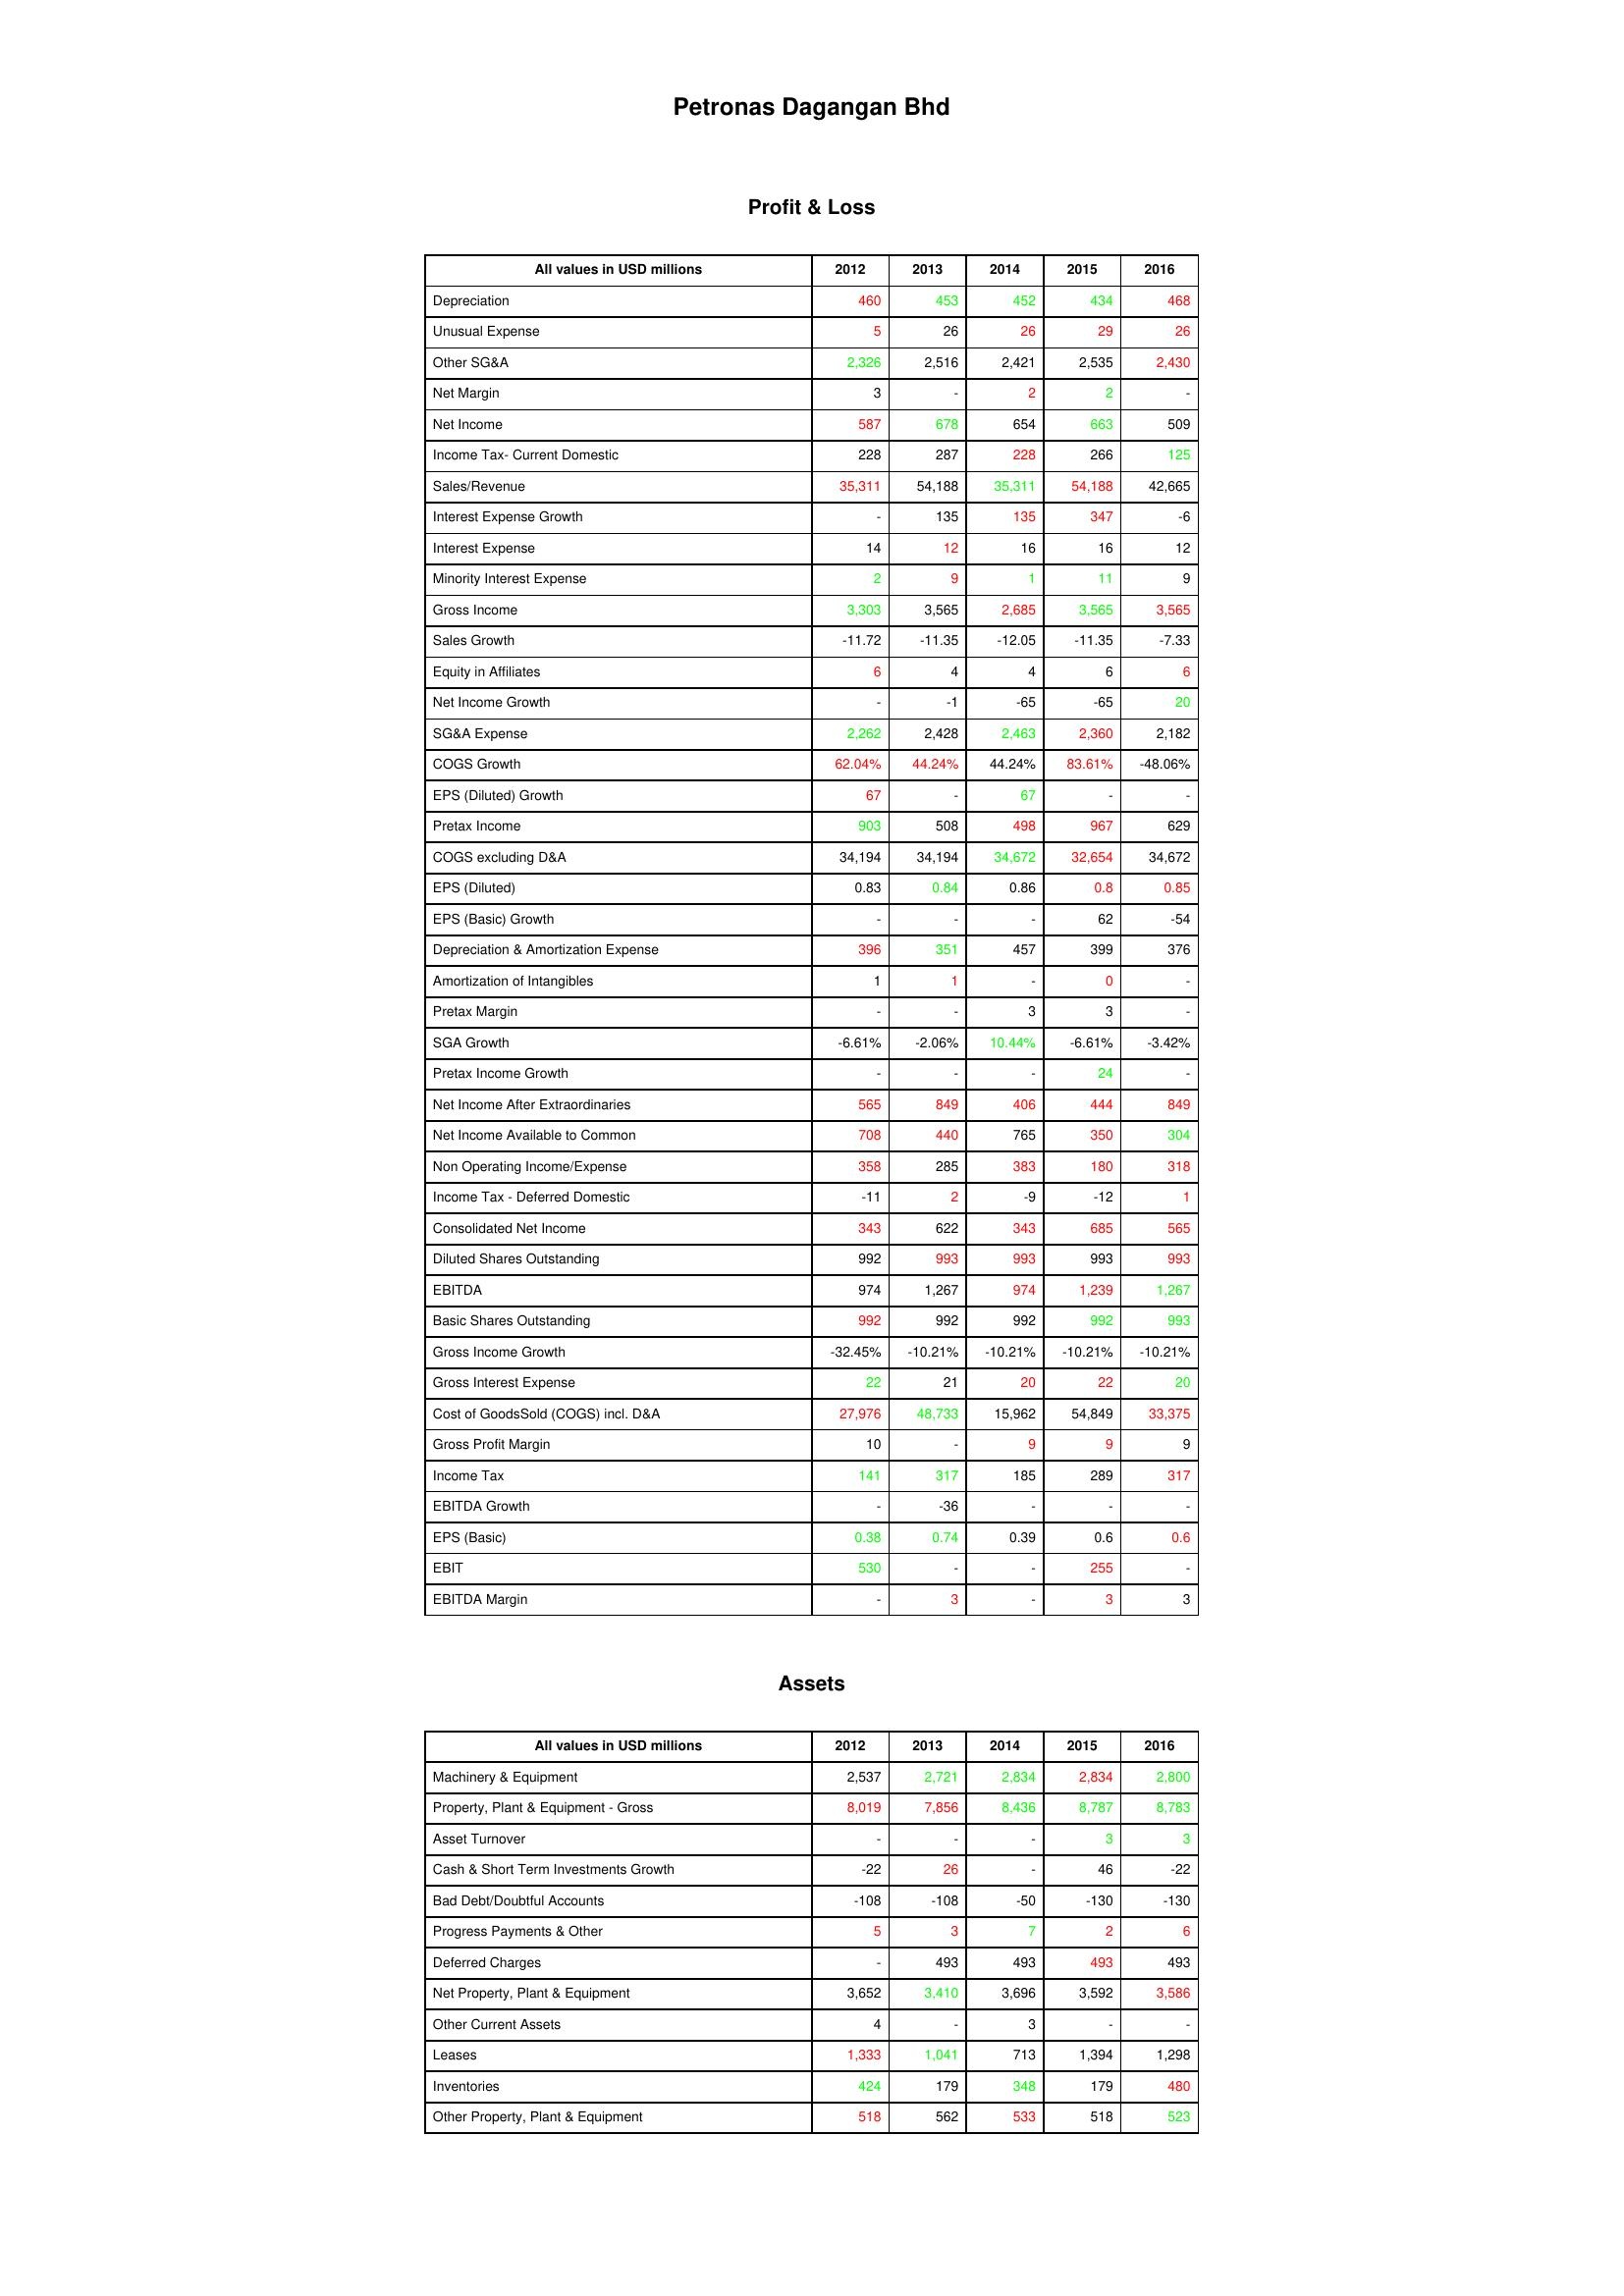
gt_parse: 2012: Profit & Loss: Depreciation: 460
Unusual Expense: 5
Other SG&A: 2,326
Net Margin: 3
Net Income: 587
Income Tax- Current Domestic: 228
Sales/Revenue: 35,311
Interest Expense Growth: -
Interest Expense: 14
Minority Interest Expense: 2
Gross Income: 3,303
Sales Growth: -11.72
Equity in Affiliates: 6
Net Income Growth: -
SG&A Expense: 2,262
COGS Growth: 62.04%
EPS (Diluted) Growth: 67
Pretax Income: 903
COGS excluding D&A: 34,194
EPS (Diluted): 0.83
EPS (Basic) Growth: -
Depreciation & Amortization Expense: 396
Amortization of Intangibles: 1
Pretax Margin: -
SGA Growth: -6.61%
Pretax Income Growth: -
Net Income After Extraordinaries: 565
Net Income Available to Common: 708
Non Operating Income/Expense: 358
Income Tax - Deferred Domestic: -11
Consolidated Net Income: 343
Diluted Shares Outstanding: 992
EBITDA: 974
Basic Shares Outstanding: 992
Gross Income Growth: -32.45%
Gross Interest Expense: 22
Cost of GoodsSold (COGS) incl. D&A: 27,976
Gross Profit Margin: 10
Income Tax: 141
EBITDA Growth: -
EPS (Basic): 0.38
EBIT: 530
EBITDA Margin: -
Assets: Machinery & Equipment: 2,537
Property, Plant & Equipment - Gross : 8,019
Asset Turnover: -
Cash & Short Term Investments Growth: -22
Bad Debt/Doubtful Accounts: -108
Progress Payments & Other: 5
Deferred Charges: -
Net Property, Plant & Equipment: 3,652
Other Current Assets: 4
Leases: 1,333
Inventories: 424
Other Property, Plant & Equipment: 518
2013: Profit & Loss: Depreciation: 453
Unusual Expense: 26
Other SG&A: 2,516
Net Margin: -
Net Income: 678
Income Tax- Current Domestic: 287
Sales/Revenue: 54,188
Interest Expense Growth: 135
Interest Expense: 12
Minority Interest Expense: 9
Gross Income: 3,565
Sales Growth: -11.35
Equity in Affiliates: 4
Net Income Growth: -1
SG&A Expense: 2,428
COGS Growth: 44.24%
EPS (Diluted) Growth: -
Pretax Income: 508
COGS excluding D&A: 34,194
EPS (Diluted): 0.84
EPS (Basic) Growth: -
Depreciation & Amortization Expense: 351
Amortization of Intangibles: 1
Pretax Margin: -
SGA Growth: -2.06%
Pretax Income Growth: -
Net Income After Extraordinaries: 849
Net Income Available to Common: 440
Non Operating Income/Expense: 285
Income Tax - Deferred Domestic: 2
Consolidated Net Income: 622
Diluted Shares Outstanding: 993
EBITDA: 1,267
Basic Shares Outstanding: 992
Gross Income Growth: -10.21%
Gross Interest Expense: 21
Cost of GoodsSold (COGS) incl. D&A: 48,733
Gross Profit Margin: -
Income Tax: 317
EBITDA Growth: -36
EPS (Basic): 0.74
EBIT: -
EBITDA Margin: 3
Assets: Machinery & Equipment: 2,721
Property, Plant & Equipment - Gross : 7,856
Asset Turnover: -
Cash & Short Term Investments Growth: 26
Bad Debt/Doubtful Accounts: -108
Progress Payments & Other: 3
Deferred Charges: 493
Net Property, Plant & Equipment: 3,410
Other Current Assets: -
Leases: 1,041
Inventories: 179
Other Property, Plant & Equipment: 562
2014: Profit & Loss: Depreciation: 452
Unusual Expense: 26
Other SG&A: 2,421
Net Margin: 2
Net Income: 654
Income Tax- Current Domestic: 228
Sales/Revenue: 35,311
Interest Expense Growth: 135
Interest Expense: 16
Minority Interest Expense: 1
Gross Income: 2,685
Sales Growth: -12.05
Equity in Affiliates: 4
Net Income Growth: -65
SG&A Expense: 2,463
COGS Growth: 44.24%
EPS (Diluted) Growth: 67
Pretax Income: 498
COGS excluding D&A: 34,672
EPS (Diluted): 0.86
EPS (Basic) Growth: -
Depreciation & Amortization Expense: 457
Amortization of Intangibles: -
Pretax Margin: 3
SGA Growth: 10.44%
Pretax Income Growth: -
Net Income After Extraordinaries: 406
Net Income Available to Common: 765
Non Operating Income/Expense: 383
Income Tax - Deferred Domestic: -9
Consolidated Net Income: 343
Diluted Shares Outstanding: 993
EBITDA: 974
Basic Shares Outstanding: 992
Gross Income Growth: -10.21%
Gross Interest Expense: 20
Cost of GoodsSold (COGS) incl. D&A: 15,962
Gross Profit Margin: 9
Income Tax: 185
EBITDA Growth: -
EPS (Basic): 0.39
EBIT: -
EBITDA Margin: -
Assets: Machinery & Equipment: 2,834
Property, Plant & Equipment - Gross : 8,436
Asset Turnover: -
Cash & Short Term Investments Growth: -
Bad Debt/Doubtful Accounts: -50
Progress Payments & Other: 7
Deferred Charges: 493
Net Property, Plant & Equipment: 3,696
Other Current Assets: 3
Leases: 713
Inventories: 348
Other Property, Plant & Equipment: 533
2015: Profit & Loss: Depreciation: 434
Unusual Expense: 29
Other SG&A: 2,535
Net Margin: 2
Net Income: 663
Income Tax- Current Domestic: 266
Sales/Revenue: 54,188
Interest Expense Growth: 347
Interest Expense: 16
Minority Interest Expense: 11
Gross Income: 3,565
Sales Growth: -11.35
Equity in Affiliates: 6
Net Income Growth: -65
SG&A Expense: 2,360
COGS Growth: 83.61%
EPS (Diluted) Growth: -
Pretax Income: 967
COGS excluding D&A: 32,654
EPS (Diluted): 0.8
EPS (Basic) Growth: 62
Depreciation & Amortization Expense: 399
Amortization of Intangibles: 0
Pretax Margin: 3
SGA Growth: -6.61%
Pretax Income Growth: 24
Net Income After Extraordinaries: 444
Net Income Available to Common: 350
Non Operating Income/Expense: 180
Income Tax - Deferred Domestic: -12
Consolidated Net Income: 685
Diluted Shares Outstanding: 993
EBITDA: 1,239
Basic Shares Outstanding: 992
Gross Income Growth: -10.21%
Gross Interest Expense: 22
Cost of GoodsSold (COGS) incl. D&A: 54,849
Gross Profit Margin: 9
Income Tax: 289
EBITDA Growth: -
EPS (Basic): 0.6
EBIT: 255
EBITDA Margin: 3
Assets: Machinery & Equipment: 2,834
Property, Plant & Equipment - Gross : 8,787
Asset Turnover: 3
Cash & Short Term Investments Growth: 46
Bad Debt/Doubtful Accounts: -130
Progress Payments & Other: 2
Deferred Charges: 493
Net Property, Plant & Equipment: 3,592
Other Current Assets: -
Leases: 1,394
Inventories: 179
Other Property, Plant & Equipment: 518
2016: Profit & Loss: Depreciation: 468
Unusual Expense: 26
Other SG&A: 2,430
Net Margin: -
Net Income: 509
Income Tax- Current Domestic: 125
Sales/Revenue: 42,665
Interest Expense Growth: -6
Interest Expense: 12
Minority Interest Expense: 9
Gross Income: 3,565
Sales Growth: -7.33
Equity in Affiliates: 6
Net Income Growth: 20
SG&A Expense: 2,182
COGS Growth: -48.06%
EPS (Diluted) Growth: -
Pretax Income: 629
COGS excluding D&A: 34,672
EPS (Diluted): 0.85
EPS (Basic) Growth: -54
Depreciation & Amortization Expense: 376
Amortization of Intangibles: -
Pretax Margin: -
SGA Growth: -3.42%
Pretax Income Growth: -
Net Income After Extraordinaries: 849
Net Income Available to Common: 304
Non Operating Income/Expense: 318
Income Tax - Deferred Domestic: 1
Consolidated Net Income: 565
Diluted Shares Outstanding: 993
EBITDA: 1,267
Basic Shares Outstanding: 993
Gross Income Growth: -10.21%
Gross Interest Expense: 20
Cost of GoodsSold (COGS) incl. D&A: 33,375
Gross Profit Margin: 9
Income Tax: 317
EBITDA Growth: -
EPS (Basic): 0.6
EBIT: -
EBITDA Margin: 3
Assets: Machinery & Equipment: 2,800
Property, Plant & Equipment - Gross : 8,783
Asset Turnover: 3
Cash & Short Term Investments Growth: -22
Bad Debt/Doubtful Accounts: -130
Progress Payments & Other: 6
Deferred Charges: 493
Net Property, Plant & Equipment: 3,586
Other Current Assets: -
Leases: 1,298
Inventories: 480
Other Property, Plant & Equipment: 523